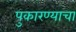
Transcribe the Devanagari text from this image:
पुकारण्याचा